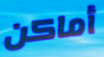
أماكن